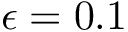
\epsilon = 0 . 1